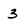
Character: 3